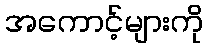
အကောင့်များကို